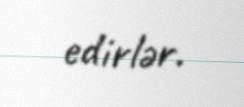
edirlər.